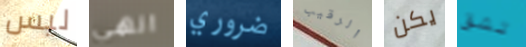
ليس انهي ضروري الرقيب يكن تشق